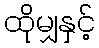
ထိုမျှနှင့်